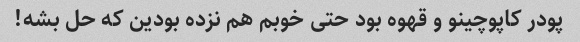
پودر کاپوچینو و قهوه بود حتی خوبم هم نزده بودین که حل بشه!